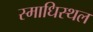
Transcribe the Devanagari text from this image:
स्माधिस्थल